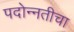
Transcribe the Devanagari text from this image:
पदोन्नतीचा